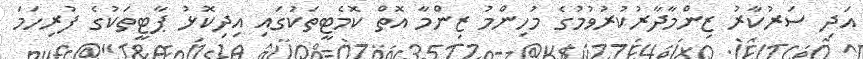
އަދި ސަރުކާރު ޒިންމާދާރުކުރުވުމުގެ މުހިންމު ޒިންމާ އޮތް ކޮމެޓީތަކުގައި އިދިކޮޅު ޕާޓީތަކުގެ ފުރިހަމަ